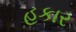
હકાર